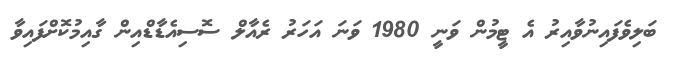
ބަލިވެފައިނުވާއިރު އެ ޓީމުން ވަނީ 1980 ވަނަ އަހަރު ރެއާލް ސޮސިއެޑާޑްއިން ގާއިމުކޮށްފައިވާ